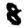
Digit: 8